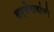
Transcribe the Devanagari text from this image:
सर्जेरावांची